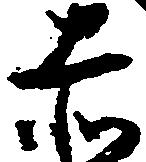
赤